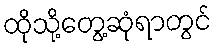
ထိုသို့တွေ့ဆုံရာတွင်